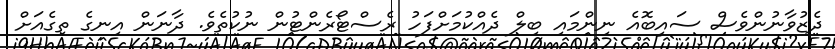
ދެޒުވާނުންވެސް ސައިބޮއެ ނިންމައި ބިލް ދެއްކުމަށްފަހު ރެސްޓޯރެންޓުން ނުކުތެވެ. ދާނަން އިނގެ ތިގެއަށް